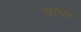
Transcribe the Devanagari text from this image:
तत्पदं